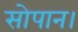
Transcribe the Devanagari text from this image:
सोपान।